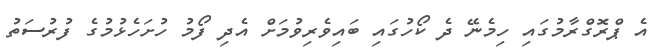
އެ ޕްރޮގްރާމުގައި ހިމެނޭ ދެ ކޯހުގައި ބައިވެރިވުމަށް އެދި ފޯމު ހުށަހެޅުމުގެ ފުރުސަތު